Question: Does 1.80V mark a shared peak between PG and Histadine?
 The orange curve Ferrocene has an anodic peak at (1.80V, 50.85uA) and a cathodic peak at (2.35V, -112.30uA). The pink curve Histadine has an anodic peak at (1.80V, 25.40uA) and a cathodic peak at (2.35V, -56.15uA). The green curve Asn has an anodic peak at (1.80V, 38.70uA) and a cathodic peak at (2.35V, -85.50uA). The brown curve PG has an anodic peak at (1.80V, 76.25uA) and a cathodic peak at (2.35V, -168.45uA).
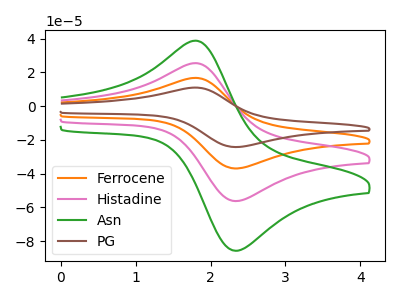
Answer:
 <answer>Yes, "PG" and "Histadine" share a peak at 1.80V.</answer>
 <eval>match</eval>